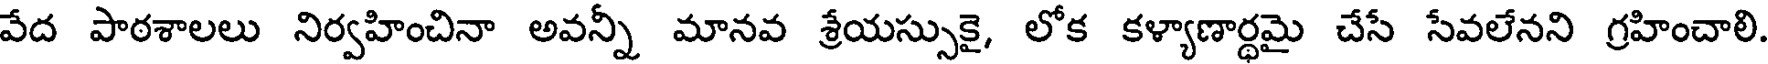
వేద పాఠశాలలు నిర్వహించినా అవన్నీ మానవ శ్రేయస్సుకై, లోక కళ్యాణార్థమై చేసే సేవలేనని గ్రహించాలి.